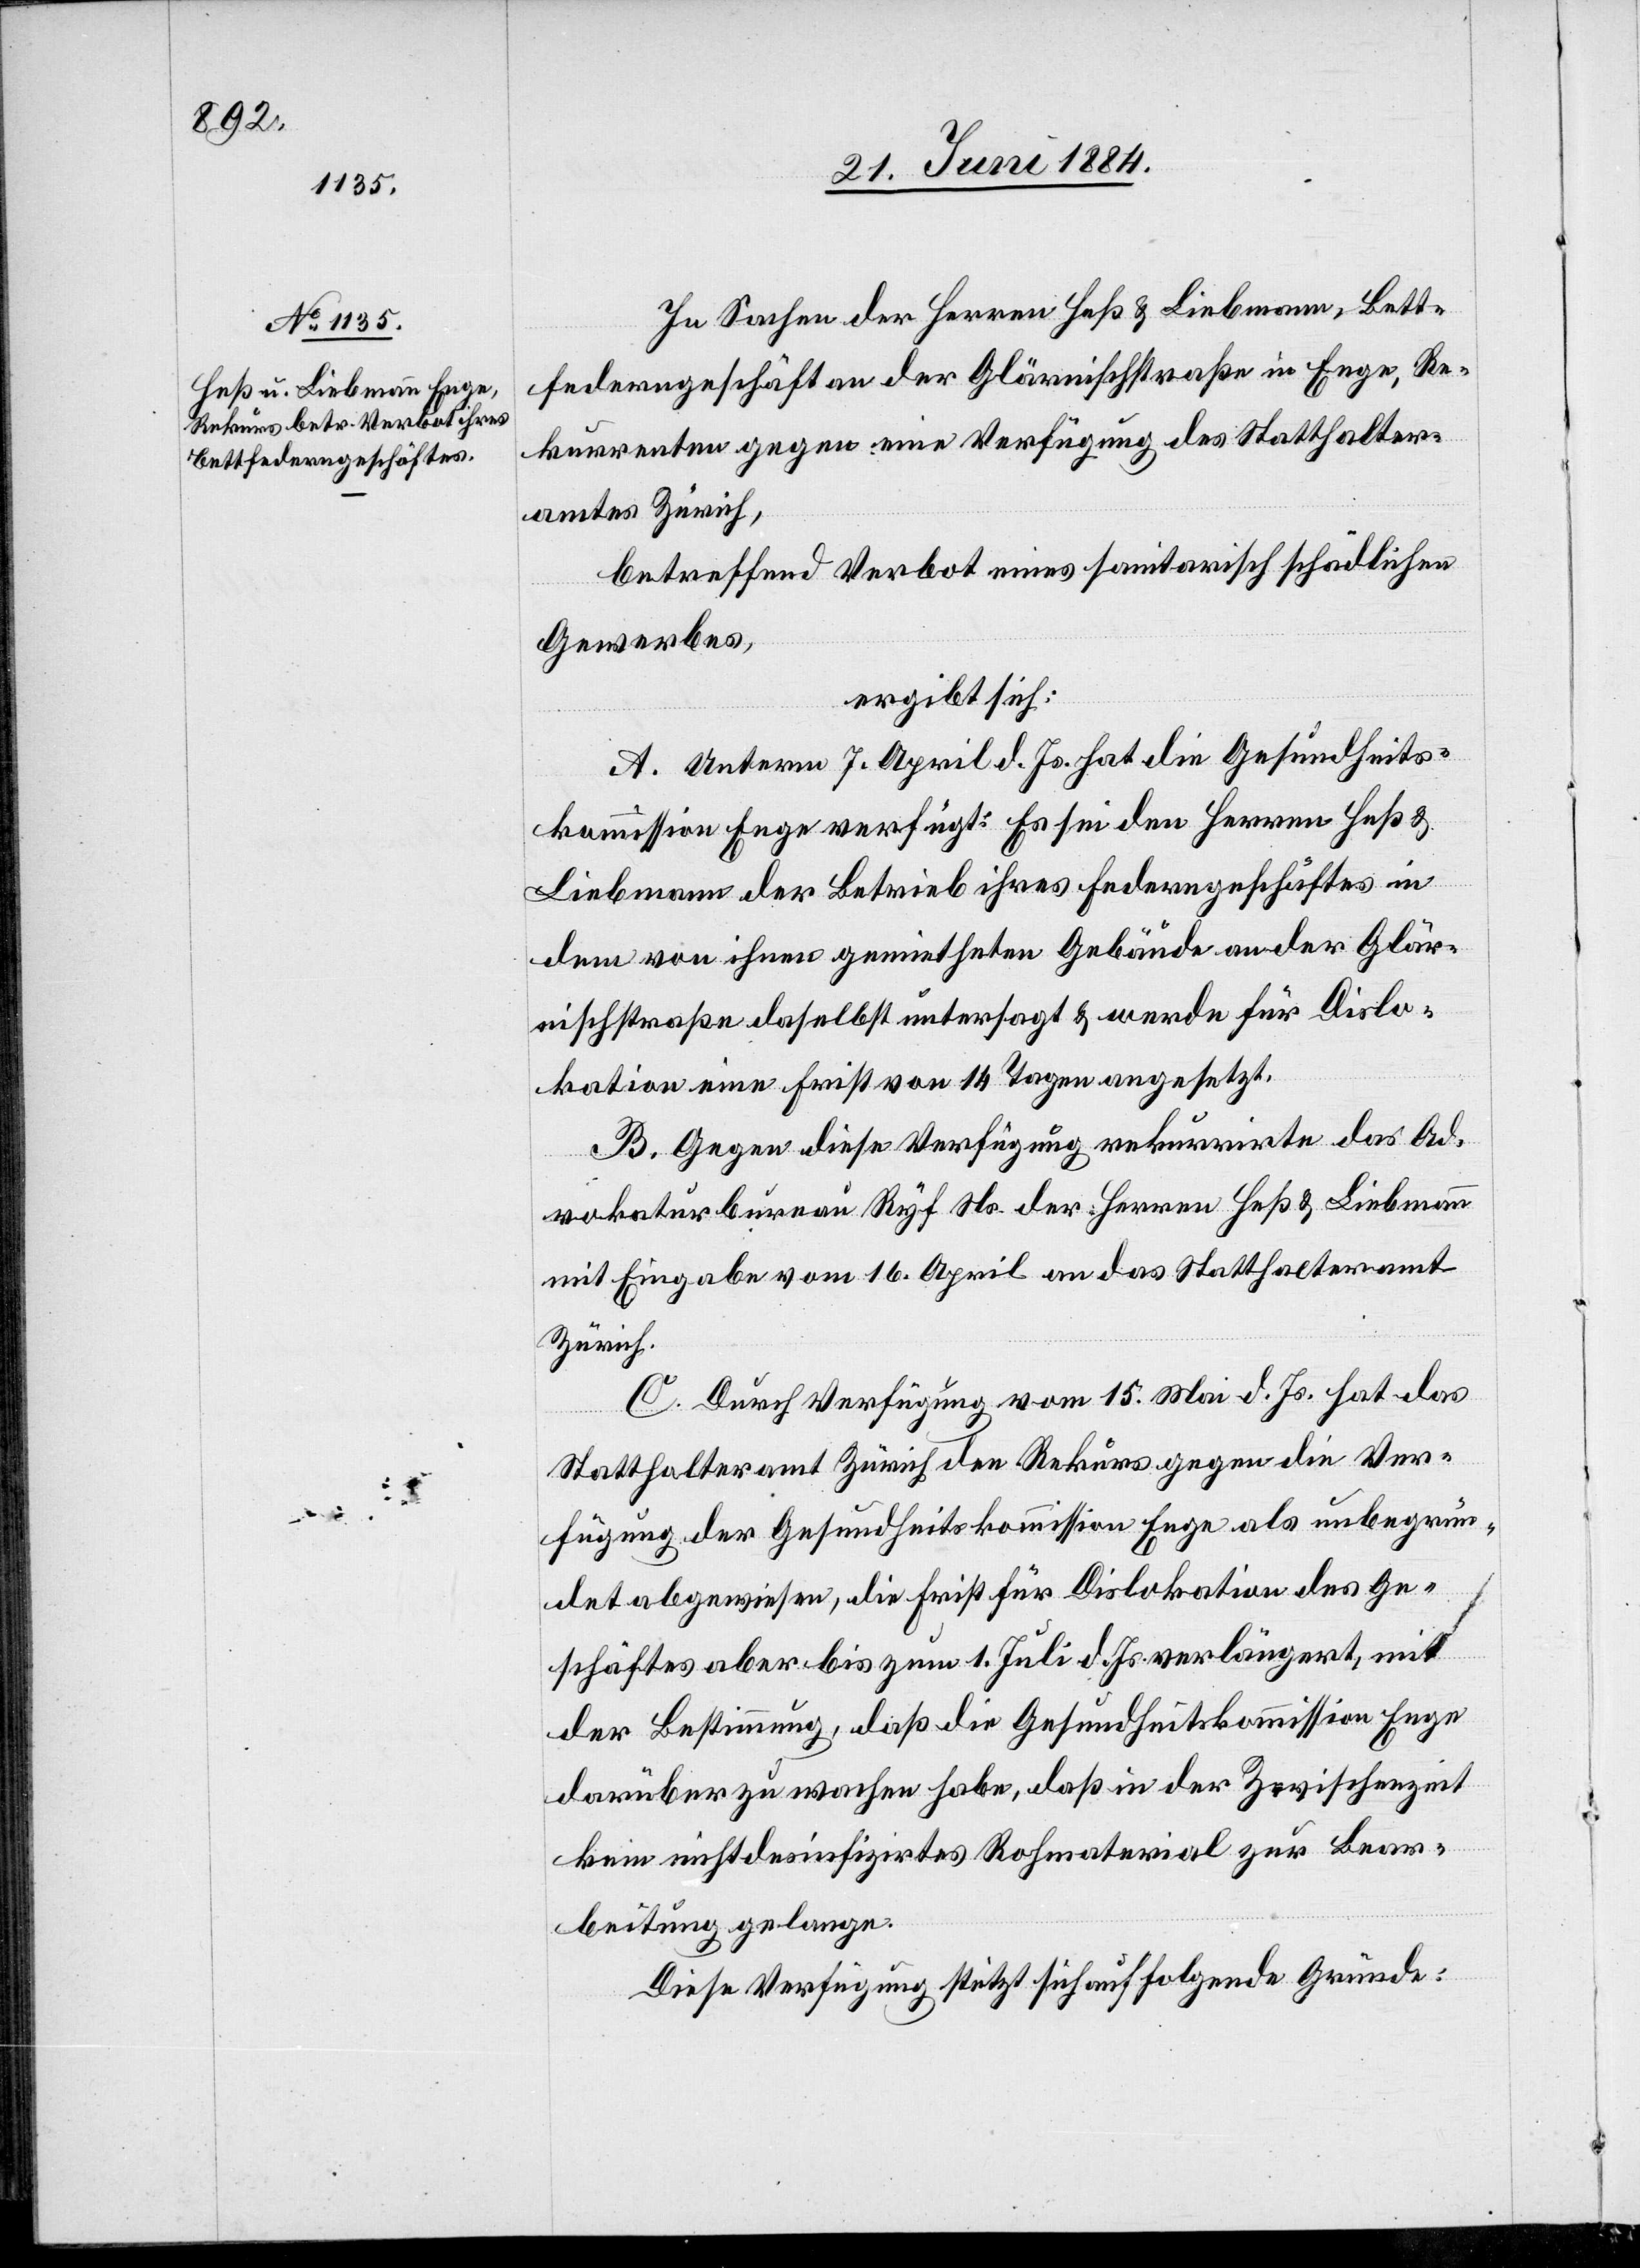
In Sachen der Herren Heß & Liebmann, Bett¬
federgeschäft an der Glärnischstraße in Enge, Re¬
kurrenten gegen eine Verfügung des Statthalter¬
amtes Zürich,
betreffend Verbot eines sanitarisch schädlichen
Gewerbes,
ergibt sich:
A. Unterm 7. April d. Js. hat die Gesundheits¬
kommission Enge verfügt: Es sei den Herren Heß &
Liebmann der Betrieb ihres Federngeschäftes in
dem von ihnen gemietheten Gebäude an der Glär¬
nischstraße daselbst untersagt & werde für die Dislo¬
kation eine Frist von 14 Tagen angesetzt.
B. Gegen diese Verfügung rekurrirte das Ad¬
vokaturbureau Ryf Ns. der Herren Heß & Liebmann
mit Eingabe vom 16. April an das Statthalteramt
Zürich.
C. Durch Verfügung vom 15. Mai d. Js. hat das
Statthalteramt Zürich den Rekurs gegen die Ver¬
fügung der Gesundheitskommission Enge als unbegrün¬
det abgewiesen, die Frist für Dislokation des Ge¬
schäftes aber bis zum 1. Juli d. Js. verlängert, mit
der Bestimmung, daß die Gesundheitskommission Enge
darüber zu wachen habe, daß in der Zwischenzeit
kein nichtdesinfizirtes Rohmaterial zur Bear¬
beitung gelange.
Diese Verfügung stützt sich auf folgende Gründe: